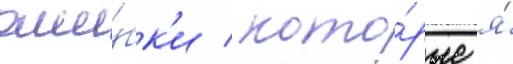
оши́бк'и / кото́рые я́